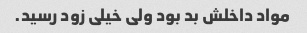
مواد داخلش بد بود‌ ولی خیلی زود رسید.